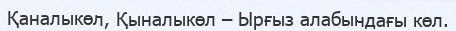
Қаналыкөл, Қыналыкөл – Ырғыз алабындағы көл.